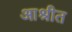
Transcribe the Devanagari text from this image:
आश्रीत